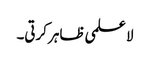
لا علمی ظاہر کرتی۔